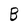
Character: B